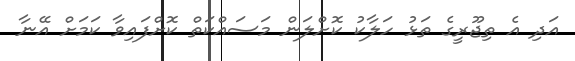
އަދި އެ ތިޖޫރީގެ ތަޅު ހަލާކު ކޮށްލަން މަސައްކަތް ކޮށްފައިވާ ކަމަށް އޭނާ